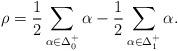
LaTeX: \begin{align*}\rho=\frac{1}{2}\sum_{\alpha\in\Delta_{0}^{+}}\alpha-\frac{1}{2}\sum_{\alpha\in\Delta_{1}^{+}}\alpha.\end{align*}